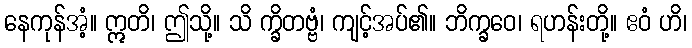
နေကုန်အံ့။ ဣတိ၊ ဤသို့။ သိ က္ခိတဗ္ဗံ၊ ကျင့်အပ်၏။ ဘိက္ခဝေ၊ ရဟန်းတို့။ ဧဝံ ဟိ၊